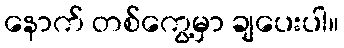
နောက် တစ်ကွေ့မှာ ချပေးပါ။